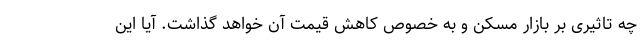
چه تاثیری بر بازار مسکن و به خصوص کاهش قیمت آن خواهد گذاشت. آیا این